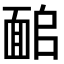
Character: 𩈜